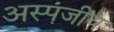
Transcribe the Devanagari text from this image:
अस्पंजीय